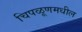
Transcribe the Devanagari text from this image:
चिपळूणमधील